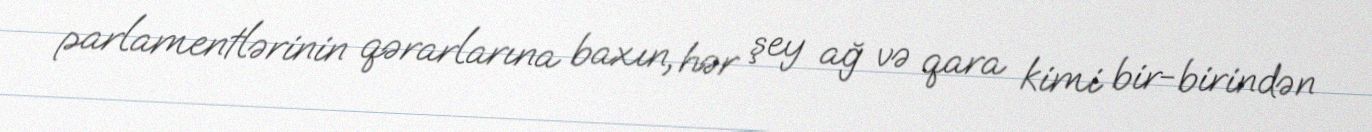
parlamentlərinin qərarlarına baxın, hər şey ağ və qara kimi bir-birindən